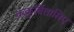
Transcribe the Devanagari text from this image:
ककुर्बितासिए